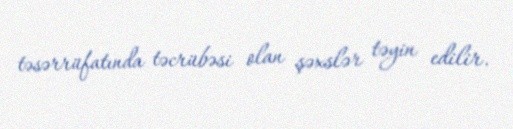
təsərrüfatında təcrübəsi olan şəxslər təyin edilir.